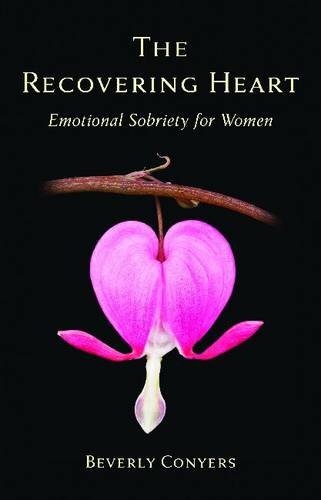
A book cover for The Recovering Heart: Emotional Sobriety for Women; Beverly Conyers; Self-Help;